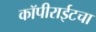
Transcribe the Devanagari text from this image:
कॉपीराईटचा